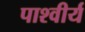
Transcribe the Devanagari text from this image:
पाश्वीर्य